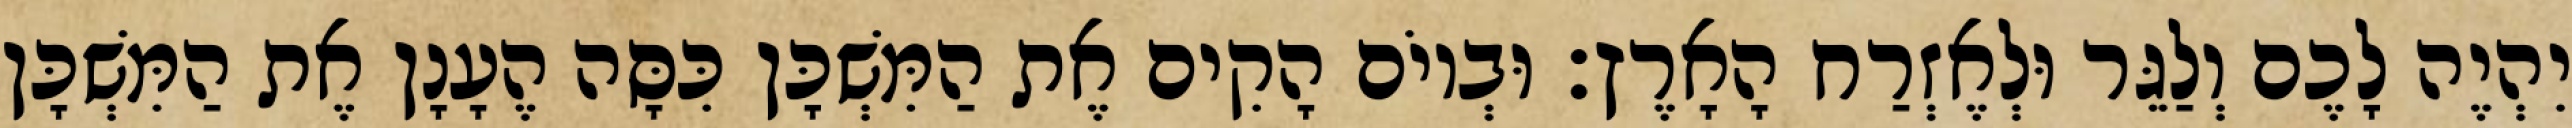
יִהְיֶה לָכֶם וְלַגֵּר וּלְאֶזְרַח הָאָרֶץ׃ וּבְיוֹם הָקִים אֶת הַמִּשְׁכָּן כִּסָּה הֶעָנָן אֶת הַמִּשְׁכָּן